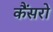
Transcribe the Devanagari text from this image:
कैंसरो